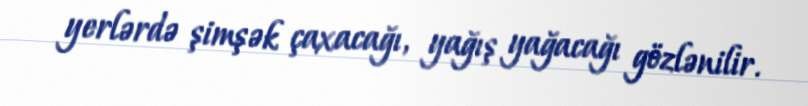
yerlərdə şimşək çaxacağı, yağış yağacağı gözlənilir.